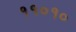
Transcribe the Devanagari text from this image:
११०१०